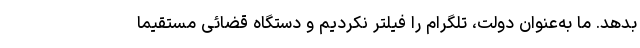
بدهد. ما به‌عنوان دولت، تلگرام را فیلتر نکردیم و دستگاه قضائی مستقیماً